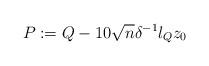
LaTeX: \begin{align*}P:=Q-10\sqrt{n}\delta^{-1}l_Qz_0\end{align*}